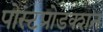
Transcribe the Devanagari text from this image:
पोस्टप्रोडक्शन